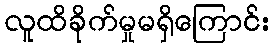
လူထိခိုက်မှုမရှိကြောင်း